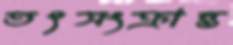
তৎসংক্রান্ত